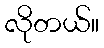
လိုတယ်။